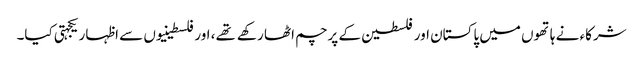
شرکاء نے ہاتھوں میں پاکستان اور فلسطین کے پرچم اٹھا رکهے تهے، اور فلسطینیوں سے اظہار یکجہتی کیا۔